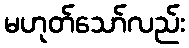
မဟုတ်သော်လည်း